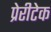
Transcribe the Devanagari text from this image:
प्रेरीटेक